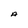
Character: A